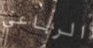
الرباعي